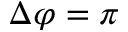
\Delta \varphi = \pi